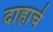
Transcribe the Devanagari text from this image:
दाहाचे